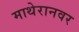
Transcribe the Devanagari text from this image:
माथेरानवर